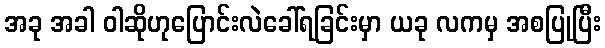
အခု အခါ ဝါဆိုဟုပြောင်းလဲခေါ်ရခြင်းမှာ ယခု လကမှ အစပြုပြီး